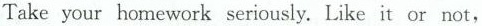
Take your homework seriously. Like it or not,